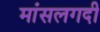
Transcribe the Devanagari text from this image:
मांसलगदी